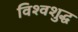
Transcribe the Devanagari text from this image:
विश्वशुद्ध